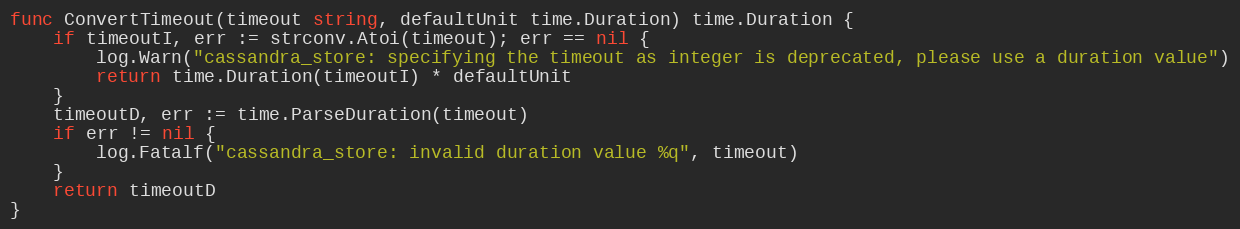
Language: Go
func ConvertTimeout(timeout string, defaultUnit time.Duration) time.Duration {
	if timeoutI, err := strconv.Atoi(timeout); err == nil {
		log.Warn("cassandra_store: specifying the timeout as integer is deprecated, please use a duration value")
		return time.Duration(timeoutI) * defaultUnit
	}
	timeoutD, err := time.ParseDuration(timeout)
	if err != nil {
		log.Fatalf("cassandra_store: invalid duration value %q", timeout)
	}
	return timeoutD
}